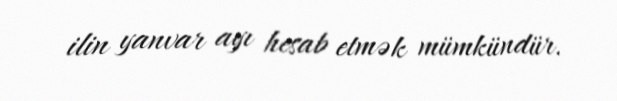
ilin yanvar ayı hesab etmək mümkündür.